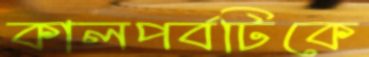
কালপর্বটিকে